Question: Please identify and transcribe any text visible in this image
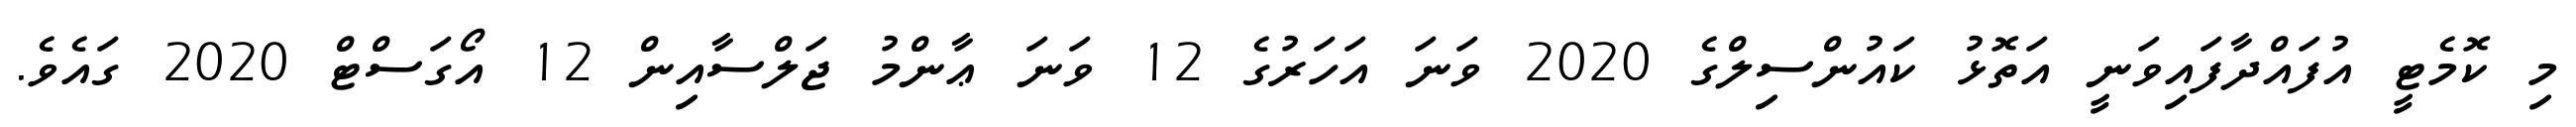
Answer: މި ކޮމެޓީ އުފައްދާފައިވަނީ އަތޮޅު ކައުންސިލްގެ 2020 ވަނަ އަހަރުގެ 12 ވަނަ ޢާންމު ޖަލްސާއިން 12 އޯގަސްޓް 2020 ގައެވެ.